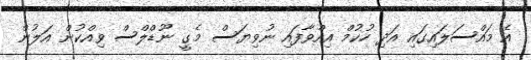
އެ މައްސަލައިގައި އަދި ހުކުމް އިއްވާފައި ނުވިޔަސް މެގީ ނޫޑްލްސް ވިއްކުން އަލުން